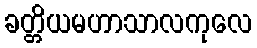
ခတ္တိယမဟာသာလကုလေ